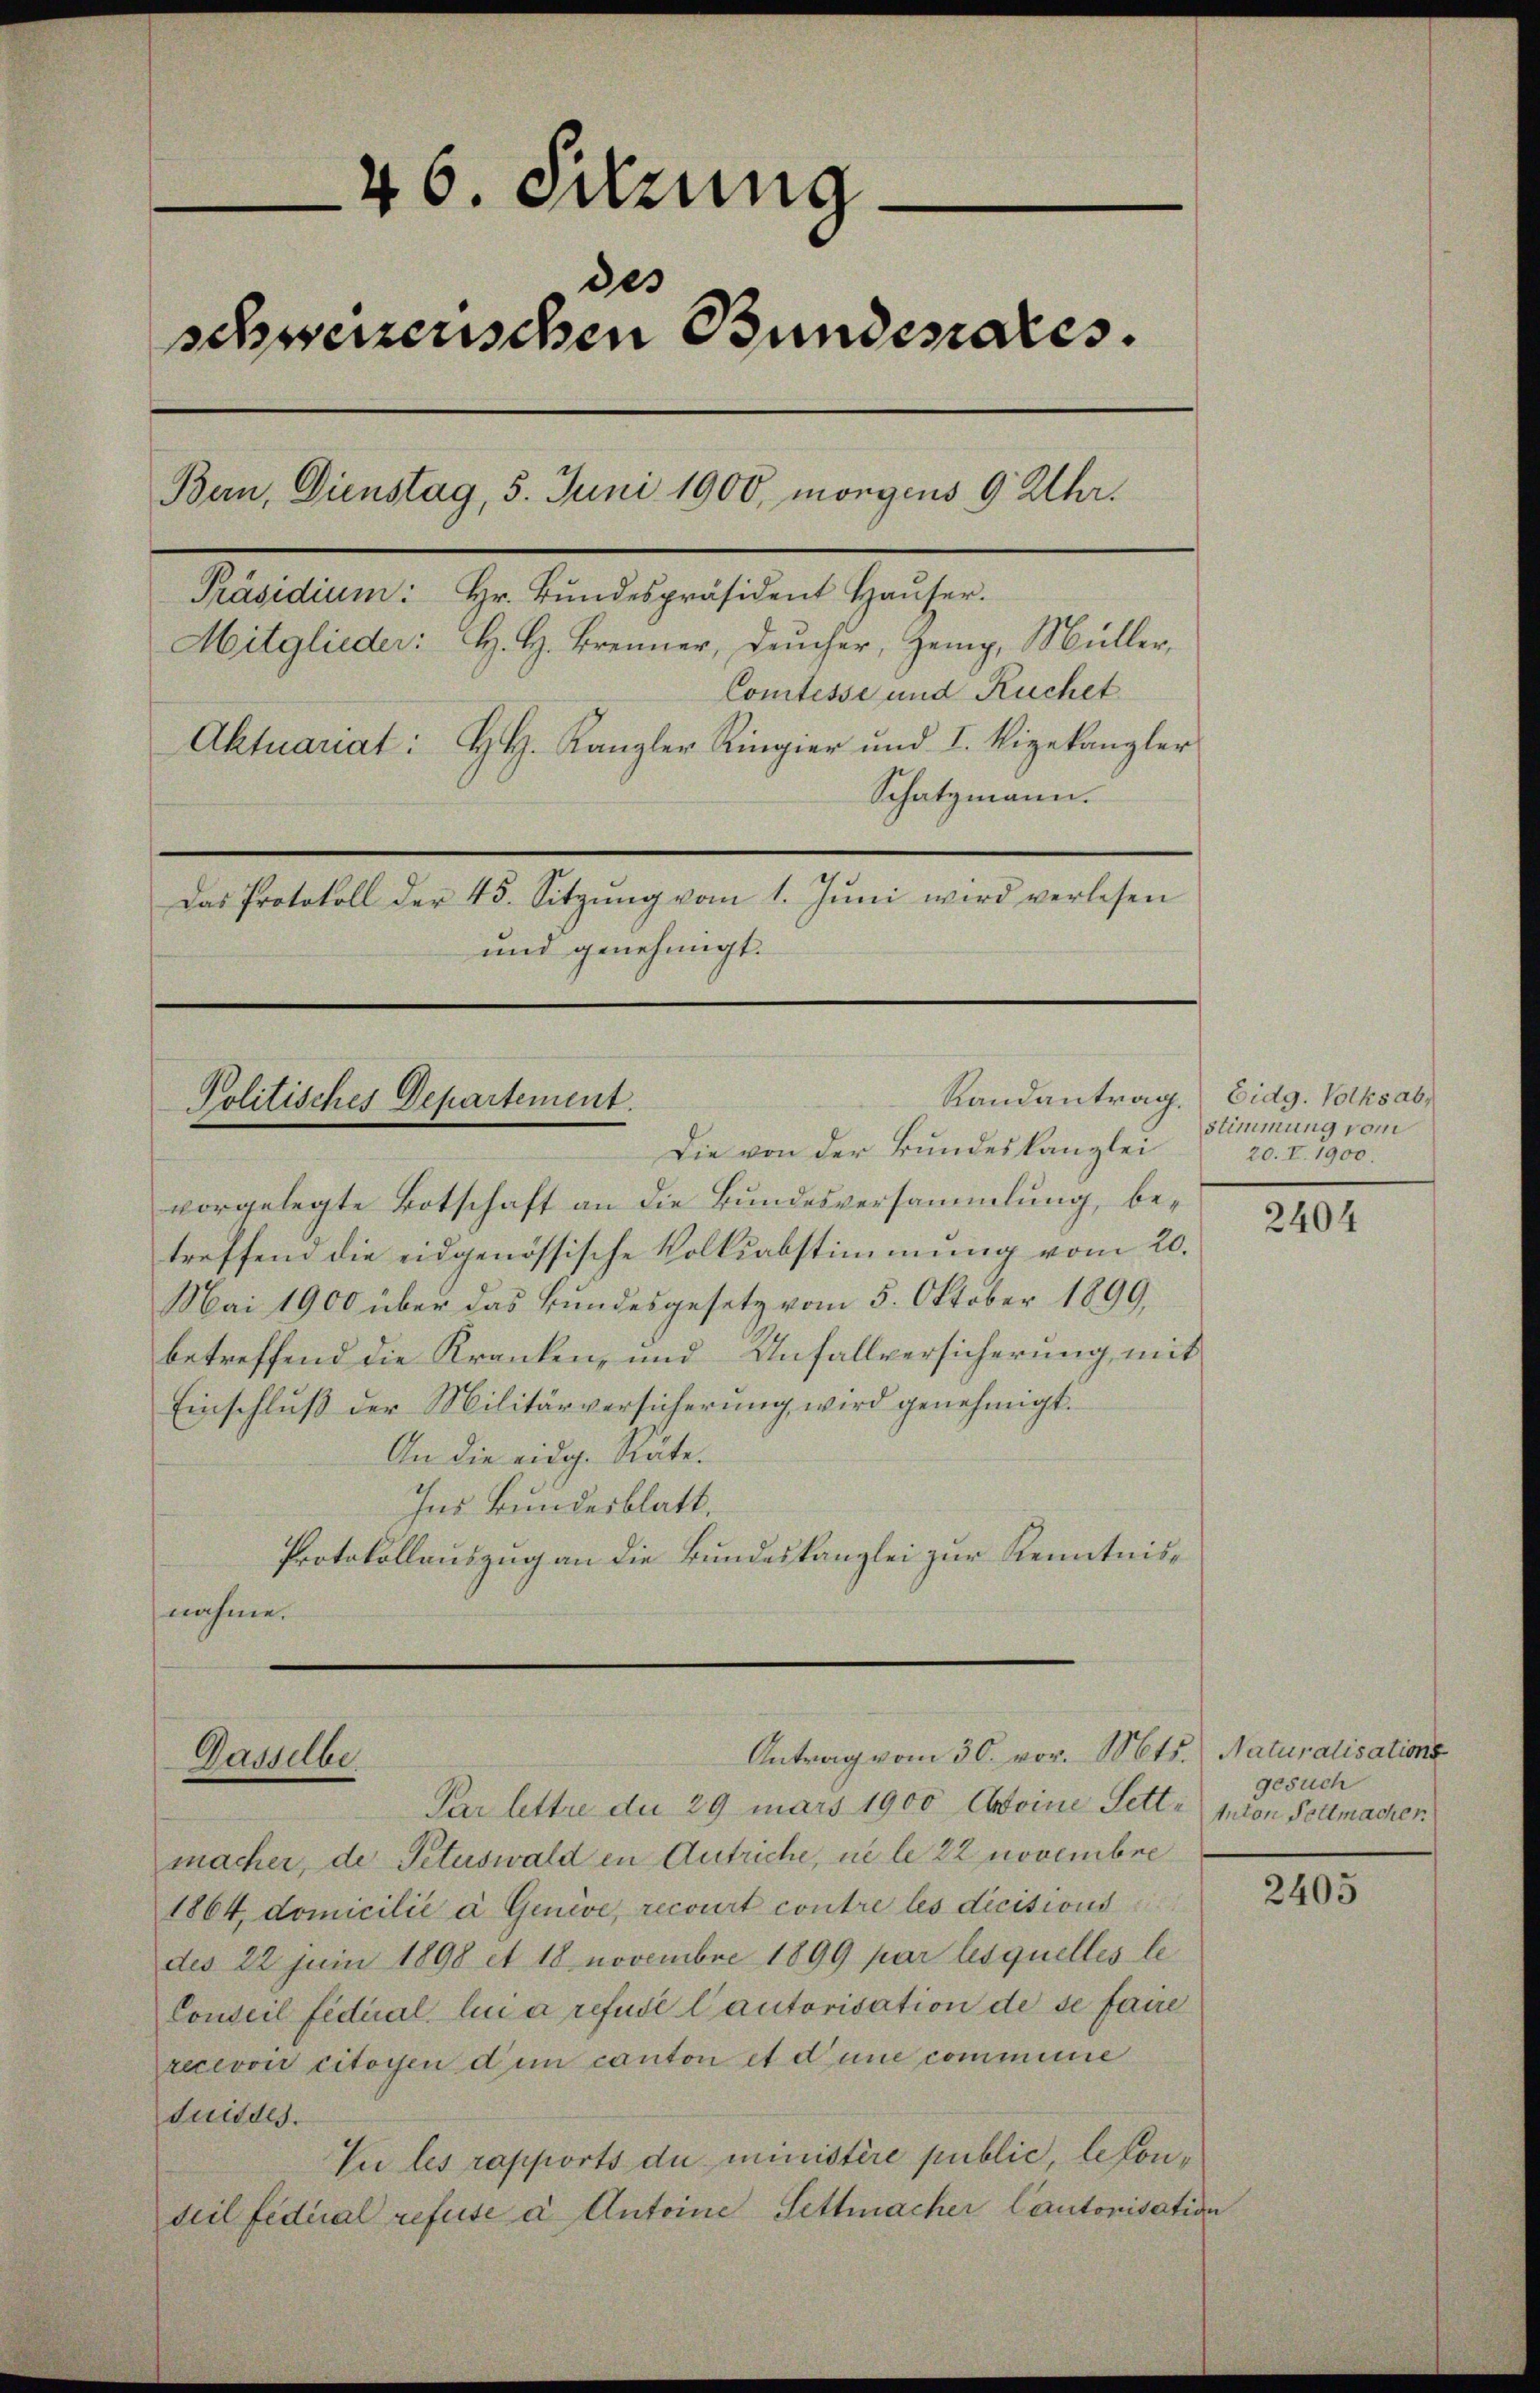
46. Setzung
des
schweizerischen Bundesares.
Bern, Dienstag, 5. Juni 1900, morgens 9 Uhr.
Präsidium: Hr. Bŭndespräsident Haŭser.
Mitglieder: H. H. Brenner, Deucher, Hemp, Müller,
Comtesse und Ruchet
Aktuariat: H. Kanzler Ringier und I. Vizekanzler
Schatzmann.
Das Protokoll der 45. Sitzŭng vom 1. Jŭni wird verlesen
und genehmigt.

Politisches Departement.

vorgelegte Botschaft an die Bundesversammlung, betreffend die eidgenössische Volksabstimmung vom 20.
Mai 1900 über das Bundesgesetz vom 5. Oktober 1899,
betreffend die Kranken, und Unfallversicherung mit
Einschlŭβ der Militärversicherŭng wird genehmigt.
An die eidg. Räte.
Ins Bundesblatt.
Protokollauszug an die Bundeskanzlei zur Kenntnisnahme.

Gasselbe

Die von der Bundeskanzlei

Antrag vom 30. vor. Mts. Naturalisations

Randantrag. Eidg. Volksab¬

Par lettre du 29 mars 1900 Antoine Fett. Anton Sellmacher
macher, de Petuswald in Antriche, ne le 22 Novembre
1864, domicilié à Genève, recourt contre les dicisions
des 22 Juni 1898 et 18 novembre 1899 par lesquelles le
Conseil fidial lui a refusé lautorisation de se faire
recevon citoyen dem canton et d’une commune
duides.
Vu les rapports du ministère public, besonseil fidial refuse à Antoine Fettmacher Cantonisation

stimmung vom
20. I. 1900.

2404

gesuch

2405